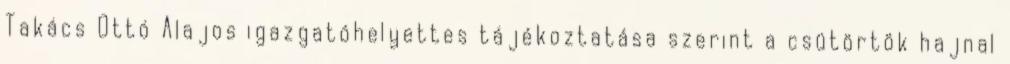
Takács Ottó Alajos igazgatóhelyettes tájékoztatása szerint a csütörtök hajnal